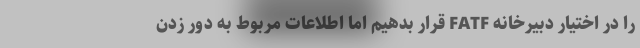
را در اختیار دبیرخانه FATF قرار بدهیم اما اطلاعات مربوط به دور زدن